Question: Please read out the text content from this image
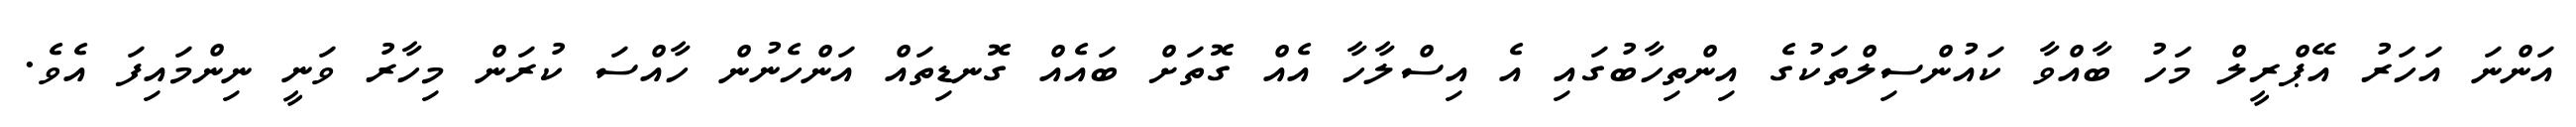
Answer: އަންނަ އަހަރު އޭޕްރީލް މަހު ބާއްވާ ކައުންސިލްތަކުގެ އިންތިހާބުގައި އެ އިސްލާހާ އެއް ގޮތަށް ބައެއް ގޮނޑިތައް އަންހެނުން ހާއްސަ ކުރަން މިހާރު ވަނީ ނިންމައިފަ އެވެ.